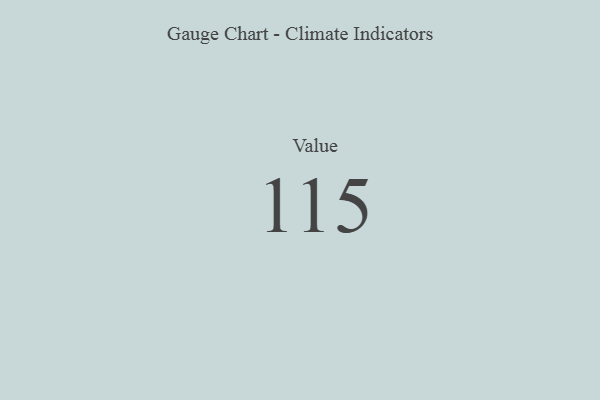
{"axis": {"x": "Metric", "y": "Value"}, "legend": [""], "data": [{"x": "Value", "y": 115, "type": ""}]}